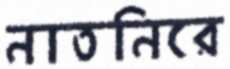
নাতনিরে